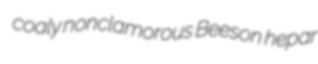
coaly nonclamorous Beeson hepar